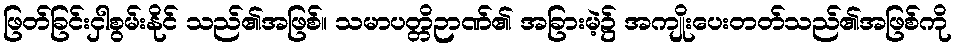
ဖြတ်ခြင်းငှါစွမ်းနိုင် သည်၏အဖြစ်။ သမာပတ္တိဉာဏ်၏ အခြားမဲ့၌ အကျိုးပေးတတ်သည်၏အဖြစ်ကို